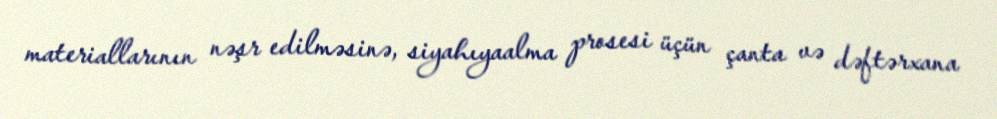
materiallarının nəşr edilməsinə, siyahıyaalma prosesi üçün çanta və dəftərxana